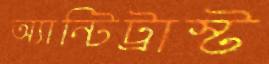
অ্যান্টিট্রাস্ট